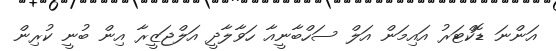
އަންނަ ޑޮކްޓަރު އައިމަން އަލް ސަހްބާނީއާ ހަވާލާދީ އަލްޖަޒީރާ އިން ބުނީ ކުރިން